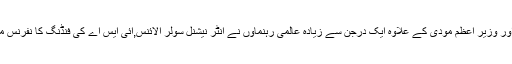
صدر میکرون اور وزیر اعظم مودی کے علاوہ ایک درجن سے زیادہ عالمی رہنماؤں نے انٹر نیشنل سولر الائنس,آئی ایس اے کی فنڈنگ کا نفرنس میں شرکت کی ۔